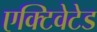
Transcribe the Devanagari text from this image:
एक्टिवेटेड